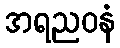
အရညဝနံ